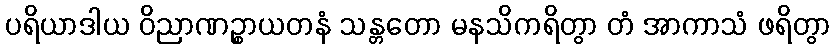
ပရိယာဒါယ ဝိညာဏဉ္စာယတနံ သန္တတော မနသိကရိတွာ တံ အာကာသံ ဖရိတွာ